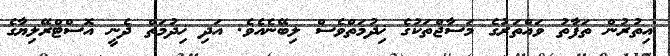
އިތުރުން ތަފާތު ވައްތަރުގެ މަަސާޖްތަކުގެ ޚިދުމަތްވެސް ލިބޭނެއެވެ. އަދި ޚިދުމަތް ދެނީ އޮސްޓްރޭލިޔާގެ